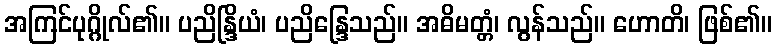
အကြင်ပုဂ္ဂိုလ်၏။ ပညိန္ဒြိယံ၊ ပညိန္ဒြေသည်။ အဓိမတ္တံ၊ လွန်သည်။ ဟောတိ၊ ဖြစ်၏။